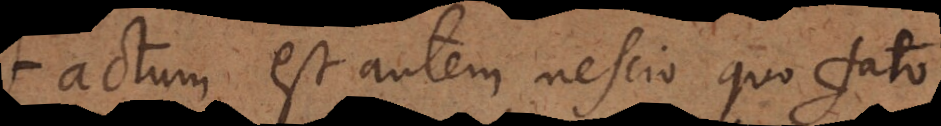
Factum est autem nescio quo fato